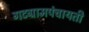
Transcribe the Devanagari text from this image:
गटग्रामपंचायती